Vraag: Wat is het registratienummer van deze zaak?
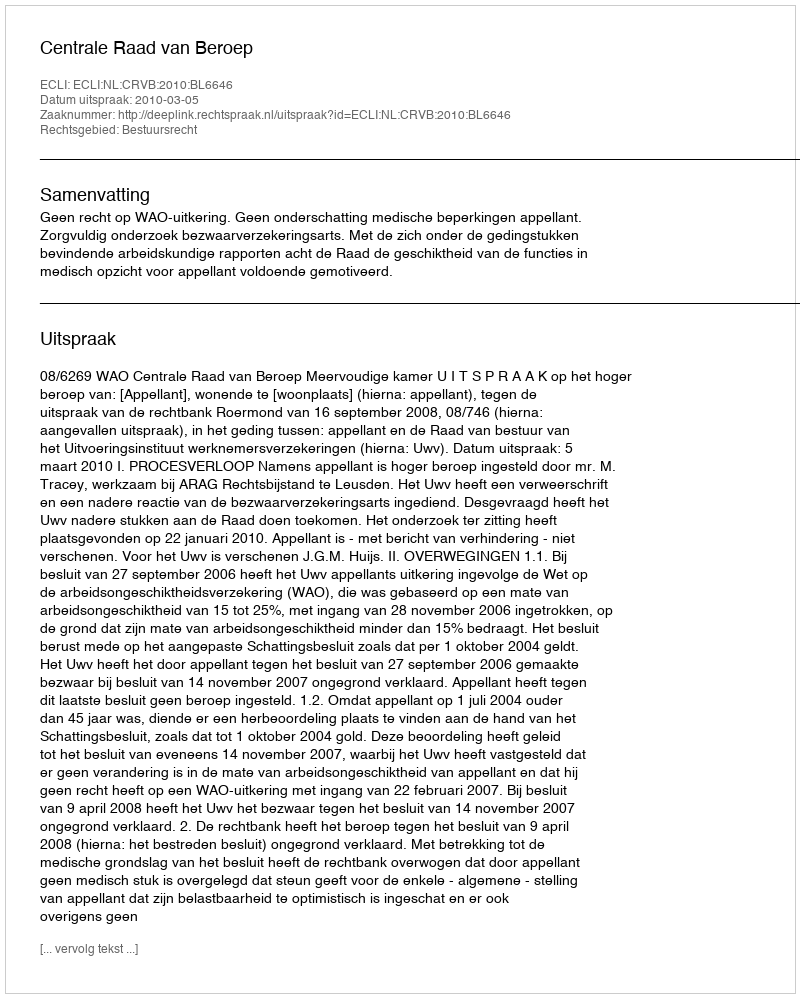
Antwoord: http://deeplink.rechtspraak.nl/uitspraak?id=ECLI:NL:CRVB:2010:BL6646